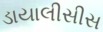
ડાયાલીસીસ